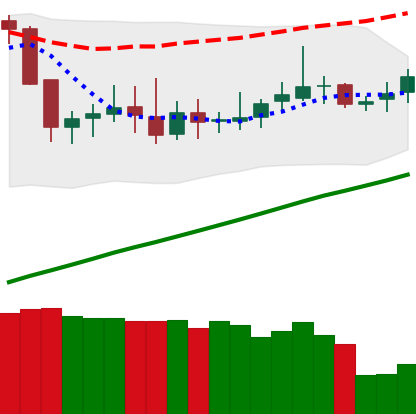
Ticker: DOGE-USD
Chart end date: 2019-06-21
Forward return: 4.84%
Label: up_3_5